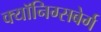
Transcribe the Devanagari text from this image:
क्यॉनिग्सबेर्ग